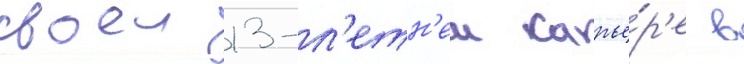
своеи 13-л'етн'еи карье́р'е в